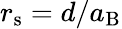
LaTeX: r_{\mathrm{s}}=d/a_{\mathrm{B}}